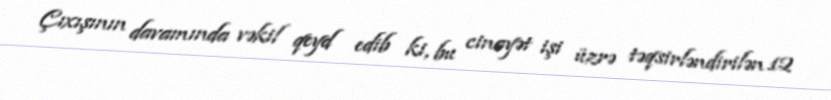
Çıxışının davamında vəkil qeyd edib ki, bu cinayət işi üzrə təqsirləndirilən 12